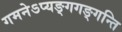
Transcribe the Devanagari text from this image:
गमनेऽप्यङ्गगङ्गन्ति